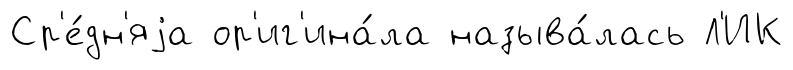
Ср'е́дн'яjа ор'иг'ина́ла называ́лась Л'ИК